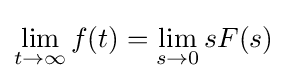
\lim _{t\to \infty }f(t)=\lim _{s\to 0}sF(s)